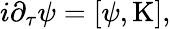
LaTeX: i\partial_{\tau}\psi=[\psi,\mathrm{K}],